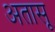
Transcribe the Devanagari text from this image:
अतासू